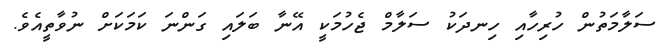
ސަލާމަތުން ހުރިހާއި ހިނދަކު ސަލާމް ޖެހުމަކީ އޭނާ ބަލައި ގަންނަ ކަމަކަށް ނުވާތީއެވެ.